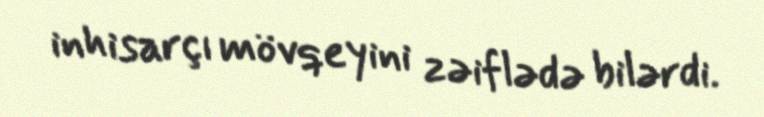
inhisarçı mövqeyini zəiflədə bilərdi.